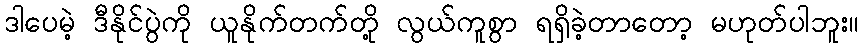
ဒါပေမဲ့ ဒီနိုင်ပွဲကို ယူနိုက်တက်တို့ လွယ်ကူစွာ ရရှိခဲ့တာတော့ မဟုတ်ပါဘူး။